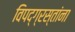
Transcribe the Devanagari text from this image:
विपद्‌ग्रस्तांना